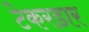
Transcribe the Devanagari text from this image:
टेकरडार